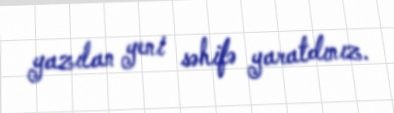
yazılan yeni səhifə yaratdınız.